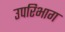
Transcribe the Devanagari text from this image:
उपरिभाग